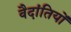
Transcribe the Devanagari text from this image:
वैदांतियों